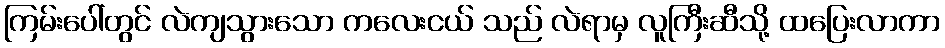
ကြမ်းပေါ်တွင် လဲကျသွားသော ကလေးငယ် သည် လဲရာမှ လူကြီးဆီသို့ ထပြေးလာကာ